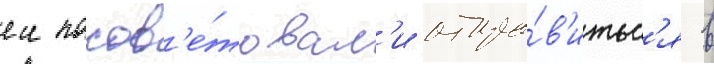
еи посов'е́товал'и отпра́в'итьс'я в